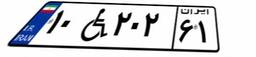
۹۴W۰۶۳۷۲